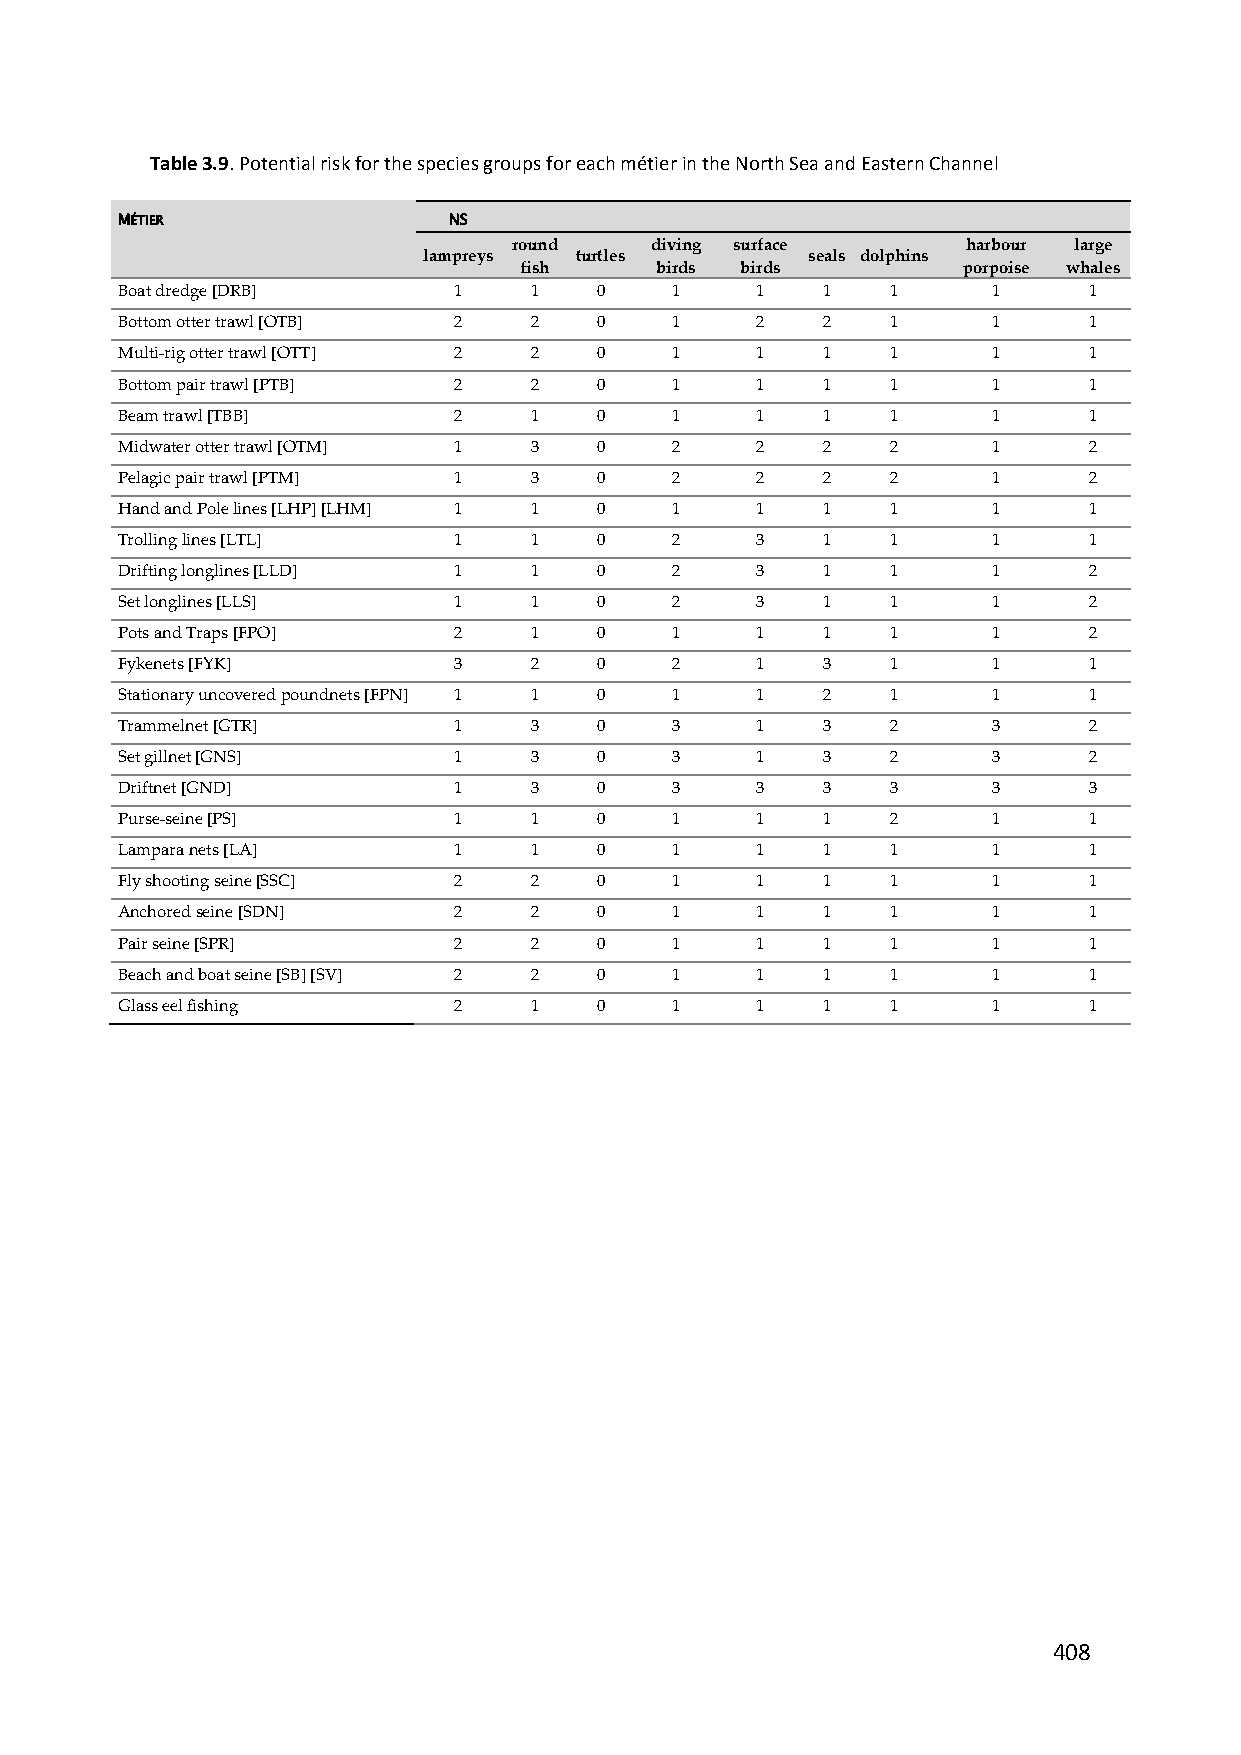
Table 3.9. Potential risk for the species groups for each métier in the North Sea and Eastern Channel
 MÉTIER                NS
 round    diving surface       harbour large
 lampreys  turtles        seals dolphins
 fish     birds birds          porpoise whales
 Boat dredge [DRB]     1    1   0    1     1   1    1      1     1
 Bottom otter trawl [OTB] 2 2   0    1     2   2    1      1     1
 Multi‐rig otter trawl [OTT] 2 2 0   1     1   1    1      1     1
 Bottom pair trawl [PTB] 2  2   0    1     1   1    1      1     1
 Beam trawl [TBB]      2    1   0    1     1   1    1      1     1
 Midwater otter trawl [OTM] 1 3 0    2     2   2    2      1     2
 Pelagic pair trawl [PTM] 1 3   0    2     2   2    2      1     2
 Hand and Pole lines [LHP] [LHM] 1 1 0 1   1   1    1      1     1
 Trolling lines [LTL]  1    1   0    2     3   1    1      1     1
 Drifting longlines [LLD] 1 1   0    2     3   1    1      1     2
 Set longlines [LLS]   1    1   0    2     3   1    1      1     2
 Pots and Traps [FPO]  2    1   0    1     1   1    1      1     2
 Fykenets [FYK]        3    2   0    2     1   3    1      1     1
 Stationary uncovered poundnets [FPN] 1 1 0 1 1 2   1      1     1
 Trammelnet [GTR]      1    3   0    3     1   3    2      3     2
 Set gillnet [GNS]     1    3   0    3     1   3    2      3     2
 Driftnet [GND]        1    3   0    3     3   3    3      3     3
 Purse‐seine [PS]      1    1   0    1     1   1    2      1     1
 Lampara nets [LA]     1    1   0    1     1   1    1      1     1
 Fly shooting seine [SSC] 2 2   0    1     1   1    1      1     1
 Anchored seine [SDN]  2    2   0    1     1   1    1      1     1
 Pair seine [SPR]      2    2   0    1     1   1    1      1     1
 Beach and boat seine [SB] [SV] 2 2 0 1    1   1    1      1     1
 Glass eel fishing     2    1   0    1     1   1    1      1     1
 408